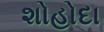
શોહોદા